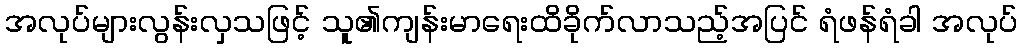
အလုပ်များလွန်းလှသဖြင့် သူ၏ကျန်းမာရေးထိခိုက်လာသည့်အပြင် ရံဖန်ရံခါ အလုပ်